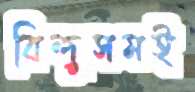
বিন্দুসমই